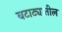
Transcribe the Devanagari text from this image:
बटाट्यातील